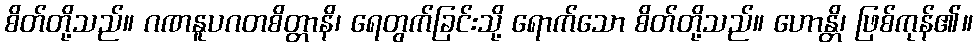
စိတ်တို့သည်။ ဂဏနူပဂတစိတ္တာနိ၊ ရေတွက်ခြင်းသို့ ရောက်သော စိတ်တို့သည်။ ဟောန္တိ၊ ဖြစ်ကုန်၏။